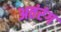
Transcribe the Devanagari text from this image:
अतंरंग